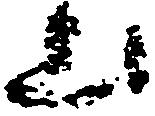
上